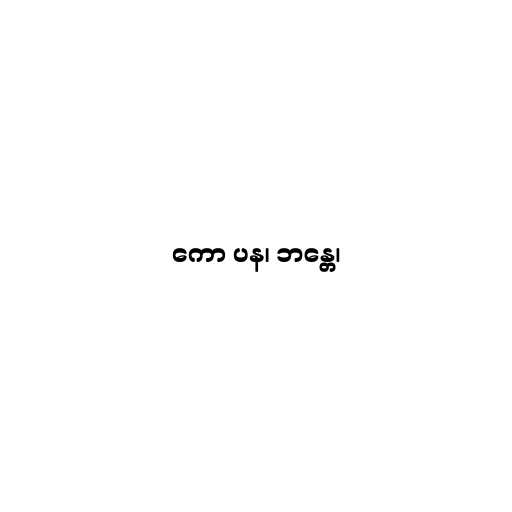
ကော ပန၊ ဘန္တေ၊